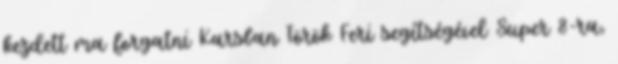
kezdett ma forgatni Karsban Török Feri segítségével Super 8-ra,